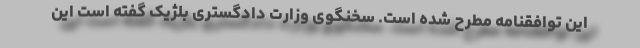
این توافقنامه مطرح شده است. سخنگوی وزارت دادگستری بلژیک گفته است این